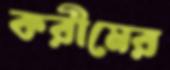
করীমের